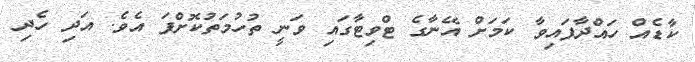
ކާޑެއް ހައްދާފައިވާ ކަމަށް އޭނާގެ ޓްވިޓާގައި ވަނީ ތުހުމަތުކޮށްފަ އެވެ. އަދި ހެދި